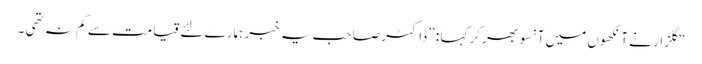
“ گلزار نے آنکھوں میں آنسو بھر کر کہا : ” ڈاکٹر صاحب یہ خبر ہمارے لئے قیامت سے کم نہ تھی ۔